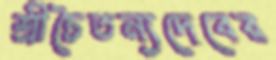
শ্রীচৈতন্যদেবের